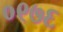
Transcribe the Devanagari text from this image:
०९७६